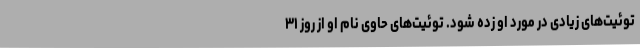
توئیت‌های زیادی در مورد او زده شود. توئیت‌های حاوی نام او از روز ۳۱